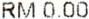
RM 0.00